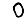
Digit: 0